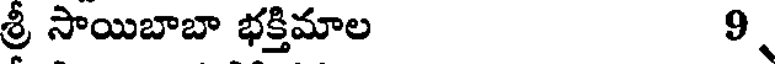
శ్రీ సాయిబాబా భక్తిమాల 9